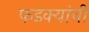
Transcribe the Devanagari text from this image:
फडक्यांची